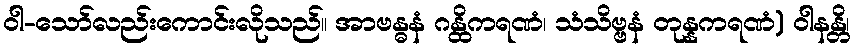
ဝါ-သော်လည်းကောင်းလိုသည်။ အာဗန္ဓနံ ဂန္ထိကရဏံ၊ သံသိဗ္ဗနံ တုန္နကရဏံ) ဝါနန္တိ၊